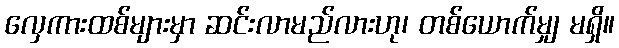
လှေကားထစ်များမှာ ဆင်းလာမည်လားဟု၊ တစ်ယောက်မျှ မရှိ။